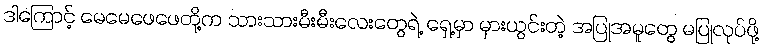
ဒါကြောင့် မေမေဖေဖေတို့က သားသားမီးမီးလေးတွေရဲ့ ရှေ့မှာ မှားယွင်းတဲ့ အပြုအမူတွေ မပြုလုပ်ဖို့